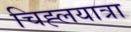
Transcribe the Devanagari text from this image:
चिह्लयात्रा